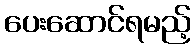
ပေးဆောင်ရမည့်